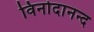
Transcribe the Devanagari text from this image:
विनोदानन्द